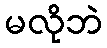
မလိုဘဲ